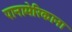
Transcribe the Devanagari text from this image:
पानामेरिकाना